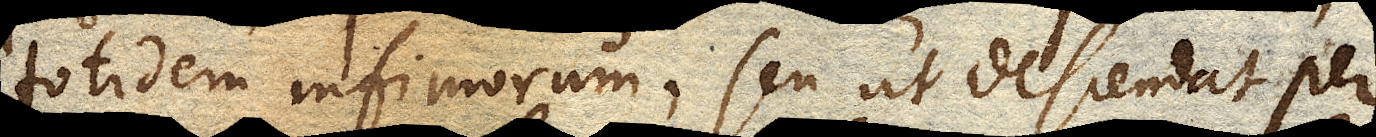
totidem infimorum, seu ut descendat per